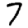
Digit: 7